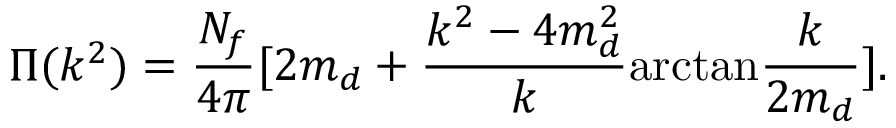
\Pi ( k ^ { 2 } ) = \frac { N _ { f } } { 4 \pi } [ 2 m _ { d } + \frac { k ^ { 2 } - 4 m _ { d } ^ { 2 } } { k } \mathrm { a r c t a n } \frac { k } { 2 m _ { d } } ] .